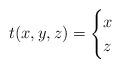
LaTeX: \begin{align*}t(x, y, z) = \begin{cases} x &\\ z &\end{cases}\end{align*}